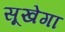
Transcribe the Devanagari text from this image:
सूखेगा